Annual administration report of the Civil Veterinary Department of India - 1903-1904
Year: 1903
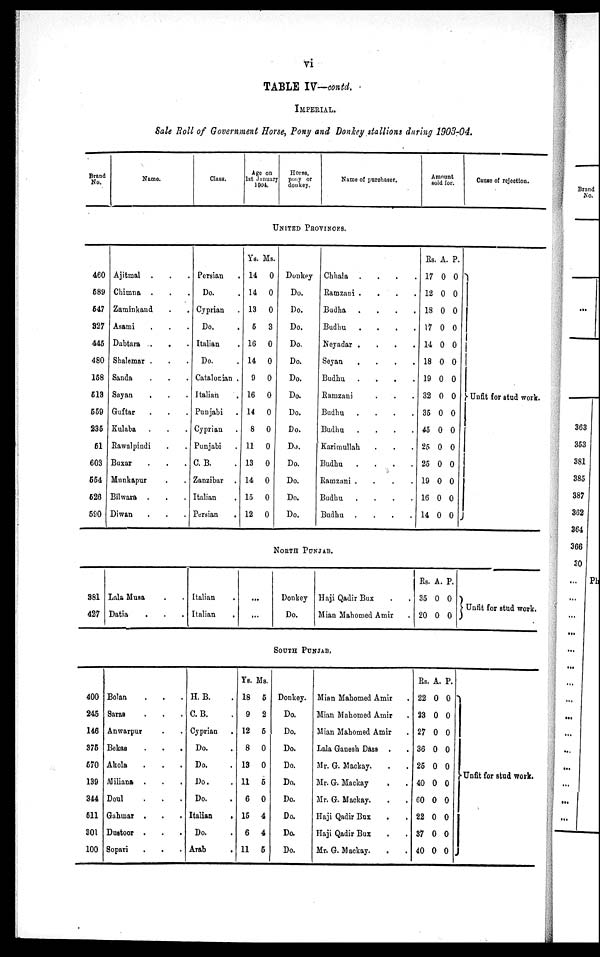
vi
TABLE IV—contd.
IMPERIAL.
Sale Roll of Government Horse, Pony and Donkey stallions during 1903-04.
Brand
No.
Name.
Class.
Age on
1st January
1904.
Horse,
pony or
donkey.
Name of purchaser.
Amount
sold for.
Cause of rejection.
UNITED PROVINCES.
460
689
547
327
445
480
168
513
559
236
61
603
554
526
590
Ajitmal . . .
Chimna . . .
Zaminkand . .
Asami . . .
Dabtara . . .
Shalemar . . .
Sanda . . .
Sayan
. . .
Guftar
. . .
Kulaba . . .
Rawalpindi . .
Buxar . . .
Munkapur . .
Bilwara . . .
Diwan . . .
Persian .
Do. .
Cyprian .
Do. .
Italian .
Do. .
Catalonian .
Italian .
Punjabi .
Cyprian .
Punjabi .
C. B. .
Zanzibar .
Italian .
Persian
.
Ys.
14
14
13
6
16
14
9
16
14
8
11
13
14
15
12
Ms.
0
0
0
3
0
0
0
0
0
0
0
0
0
0
0
Donkey
Do.
Do.
Do.
Do.
Do.
Do.
Do.
Do.
Do.
Do.
Do.
Do.
Do.
Do.
Chhala . . . .
Ramzani
. . . .
Budha . . . .
Budhu
. . . .
Neyadar . . . .
Seyan . . . .
Budhu .
.
.
.
Ramzani . . .
Budhu
.
.
.
.
Budhu
.
.
.
.
Karimullah . . .
Budhu
.
.
.
.
Rainzani .
.
.
.
Budhu
.
.
.
.
Budhu .
.
.
.
Rs.
17
12
18
17
14
18
19
32
35
45
25
25
19
16
14
A.
0
0
0
0
0
0
0
0
0
0
0
0
0
0
0
P.
0
0
0
0
0
0
0
0
0
0
0
0
0
0
0
Unfit for stud work.
NORTH PUNJAB.
381
427
Lala Musa . .
Datia . . .
Italian .
Italian .
...
...
Donkey
Do.
Haji Qadir Bux . .
Mian Mahomed Amir .
Rs. A
35 0
20 0
. P
0
0
.
Unfit for stud work.
SOUTH PUNJAB.
400
245
146
375
570
139
344
511
301
100
Bolan . . .
Saras . . .
Anwarpur . .
Bekas
.
.
.
Akola . . .
Miliana . . .
Doul . . .
Gahmar . . .
Dustoor . . .
Sopari . . .
H. B. .
C. B. .
Cyprian
.
Do. .
Do. .
Do. .
Do. .
Italian
.
Do. .
Arab .
YS.
18
9
12
8
13
11
6
15
6
11
MS.
5
2
5
0
0
6
0
4
4
5
Donkey.
Do.
Do.
Do.
Do.
Do.
Do.
Do.
Do.
Do.
Mian Mahomed Amir .
Mian Mahomed Amir .
Mian Mahomed Amir .
Lala Ganesh Dass . .
Mr. G. Mackay. . .
Mr. G. Mackay . .
Mr. G. Mackay. . .
Haji Qadir Bux
. .
Haji Qadir Bux . .
Mr. G. Mackay. . .
Rs.
22
23
27
36
25
40
60
22
37
40
A.
0
0
0
0
0
0
0
0
0
0
P.
0
0
0
0
0
0
0
0
0
0
Unfit for stud work.